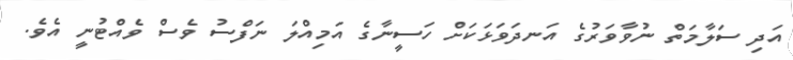
އަދި ސަލާމަތް ނުވާވަރުގެ އަނދަވަޅަކަށް ހަސީނާގެ އަމިއްލަ ނަފްސު ވެސް ވެއްޓުނީ އެވެ.